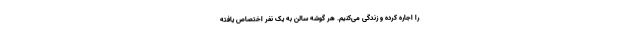
را اجاره کرده و زندگی می‌کنیم. هر گوشه سالن به یک نفر اختصاص یافته